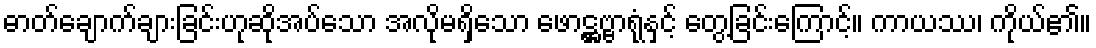
ဓာတ်ချောက်ချားခြင်းဟုဆိုအပ်သော အလိုမရှိသော ဖောဋ္ဌဗ္ဗာရုံနှင့် တွေ့ခြင်းကြောင့်။ ကာယဿ၊ ကိုယ်၏။